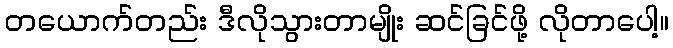
တယောက်တည်း ဒီလိုသွားတာမျိုး ဆင်ခြင်ဖို့ လိုတာပေါ့။